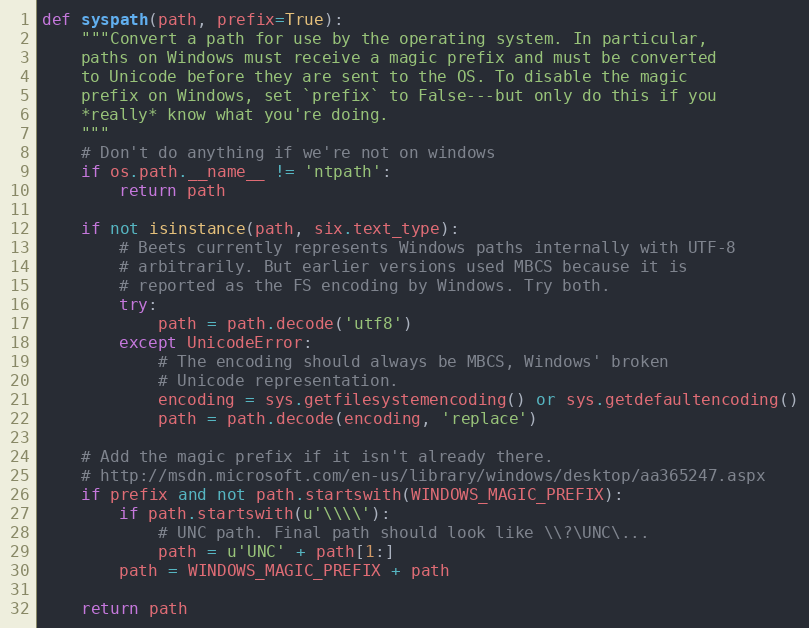
Language: Python
def syspath(path, prefix=True):
    """Convert a path for use by the operating system. In particular,
    paths on Windows must receive a magic prefix and must be converted
    to Unicode before they are sent to the OS. To disable the magic
    prefix on Windows, set `prefix` to False---but only do this if you
    *really* know what you're doing.
    """
    # Don't do anything if we're not on windows
    if os.path.__name__ != 'ntpath':
        return path

    if not isinstance(path, six.text_type):
        # Beets currently represents Windows paths internally with UTF-8
        # arbitrarily. But earlier versions used MBCS because it is
        # reported as the FS encoding by Windows. Try both.
        try:
            path = path.decode('utf8')
        except UnicodeError:
            # The encoding should always be MBCS, Windows' broken
            # Unicode representation.
            encoding = sys.getfilesystemencoding() or sys.getdefaultencoding()
            path = path.decode(encoding, 'replace')

    # Add the magic prefix if it isn't already there.
    # http://msdn.microsoft.com/en-us/library/windows/desktop/aa365247.aspx
    if prefix and not path.startswith(WINDOWS_MAGIC_PREFIX):
        if path.startswith(u'\\\\'):
            # UNC path. Final path should look like \\?\UNC\...
            path = u'UNC' + path[1:]
        path = WINDOWS_MAGIC_PREFIX + path

    return path